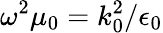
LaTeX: \omega^{2}\mu_{0}=k_{0}^{2}/\epsilon_{0}